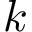
k